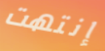
إنتهت